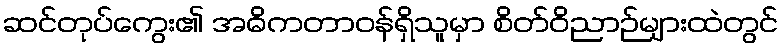
ဆင်တုပ်ကွေး၏ အဓိကတာဝန်ရှိသူမှာ စိတ်ဝိညာဉ်များထဲတွင်